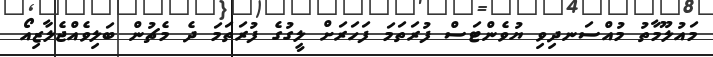
މައުލޫމާތު މުއްސަނދިވި ޔުވެންޓަސް ފުރަތަމަ ފަހަރަށް ލީގުގެ ފުރަތަމަ ދެ މެޗުން ބަލިވެއްޖެލާޒިއޯ